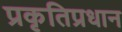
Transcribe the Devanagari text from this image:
प्रकृतिप्रधान